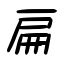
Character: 扁